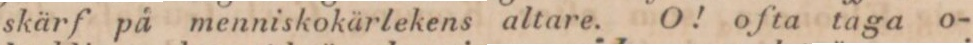
skärf på menniskokärlekens altare. O! ofta taga o-